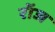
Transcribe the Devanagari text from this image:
रॉज